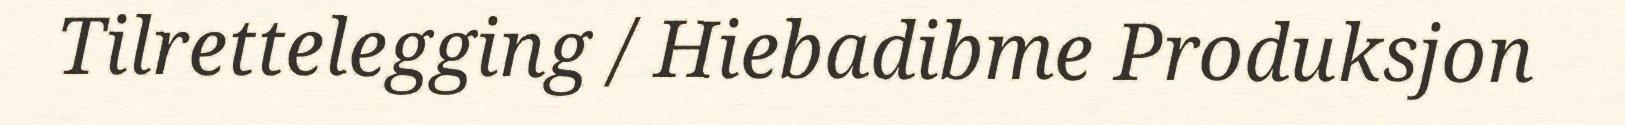
Tilrettelegging / Hiebadibme Produksjon